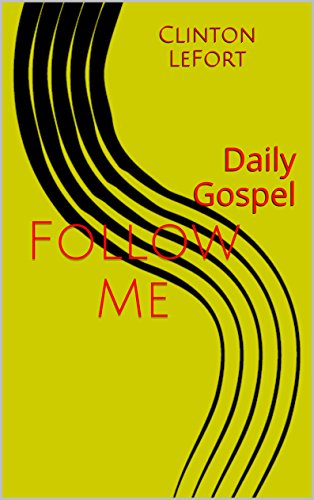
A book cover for Follow Me: Daily Gospel; Clinton LeFort; Christian Books & Bibles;